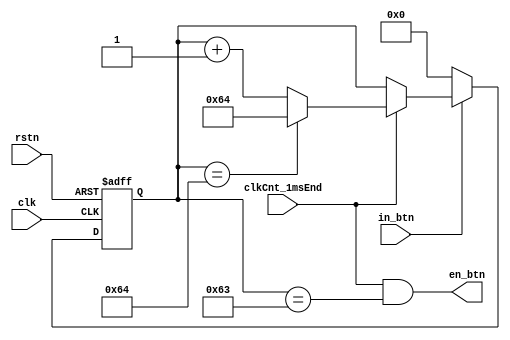

module button (
	input		clk,
	input		rstn,
	input		clkCnt_1msEnd,
	input		in_btn,
	output		en_btn
);

	parameter BUT_EN_CNT = 100;

	reg		[7:0]	butPressCnt;
	always @(posedge clk or negedge rstn) begin
		if (~rstn)
			butPressCnt <= 0;
		else if (~in_btn)
			butPressCnt <= 0;
		else if (clkCnt_1msEnd) begin
			if (butPressCnt == BUT_EN_CNT)
				butPressCnt <= BUT_EN_CNT;
			else
				butPressCnt <= butPressCnt + 1;
		end
	end

	assign en_btn = clkCnt_1msEnd & (butPressCnt == BUT_EN_CNT - 1);

endmodule